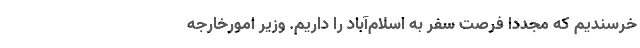
خرسندیم که مجدداً فرصت سفر به اسلام‌آباد را داریم. وزیر امورخارجه